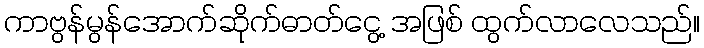
ကာဗွန်မွန်အောက်ဆိုက်ဓာတ်ငွေ့ အဖြစ် ထွက်လာလေသည်။